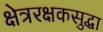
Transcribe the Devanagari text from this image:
क्षेत्ररक्षकसुद्धा